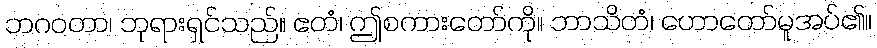
ဘဂဝတာ၊ ဘုရားရှင်သည်။ ဧတံ၊ ဤစကားတော်ကို။ ဘာသိတံ၊ ဟောတော်မူအပ်၏။